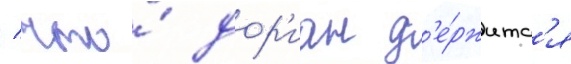
/ что́ дор'иан д'е́ржитс'я